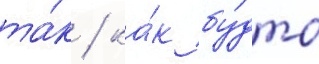
та́к / ка́к бу́дто